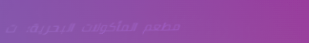
مطعم المأكولات البحرية: ت